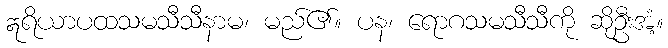
ဣရိယာပထသမသီသီနာမ၊ မည်၏။ ပန၊ ရောဂသမသီသီကို ဆိုဦးအံ့။